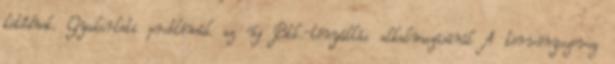
kötődnek. Gyakorlati problémák az új Btk.-tényállás alkalmazásánál A törvényszöveg